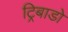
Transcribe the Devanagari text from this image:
ट्रिबाडो